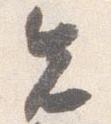
先